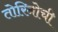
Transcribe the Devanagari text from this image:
तोरिनोची